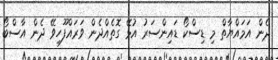
ދެން އަމައްޔާތް މި ޑިސްކޯ ޑައިންސަރު އުޅޭ ގޮތެއްދެން ވަރައްފޫހިވޭ ދެން އާސްބޯ